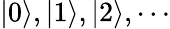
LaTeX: \vert 0\rangle,\vert 1\rangle,\vert 2\rangle,\cdots